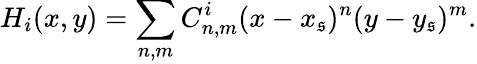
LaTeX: H_{i}(x,y)=\sum_{n,m}C_{n,m}^{i}(x-x_{\mathfrak{s}})^{n}(y-y_{\mathfrak{s}})^{m}.